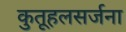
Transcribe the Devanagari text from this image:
कुतूहलसर्जना